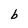
Character: b